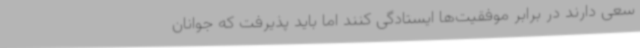
سعی دارند در برابر موفقیت‌ها ایستادگی کنند اما باید پذیرفت که جوانان